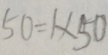
5 0 = 1 \times 5 0